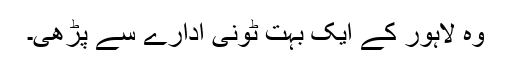
وہ لاہور کے ایک بہت ٹونی ادارے سے پڑھی۔